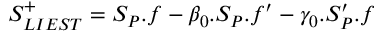
\begin{array} { r } { S _ { L I E S T } ^ { + } = S _ { P } . f - \beta _ { 0 } . S _ { P } . f ^ { \prime } - \gamma _ { 0 } . S _ { P } ^ { \prime } . f } \end{array}